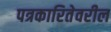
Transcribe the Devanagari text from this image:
पत्रकारितेवरील